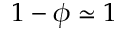
1 - \phi \simeq 1